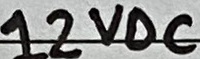
Text: 12VDC